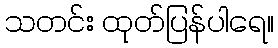
သတင်း ထုတ်ပြန်ပါရေ။